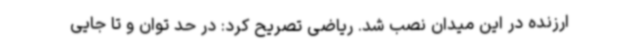
ارزنده در این میدان نصب شد. ریاضی تصریح کرد: در حد توان و تا جایی